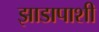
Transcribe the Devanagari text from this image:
झाडापाशी